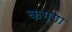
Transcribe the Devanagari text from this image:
कग्गा